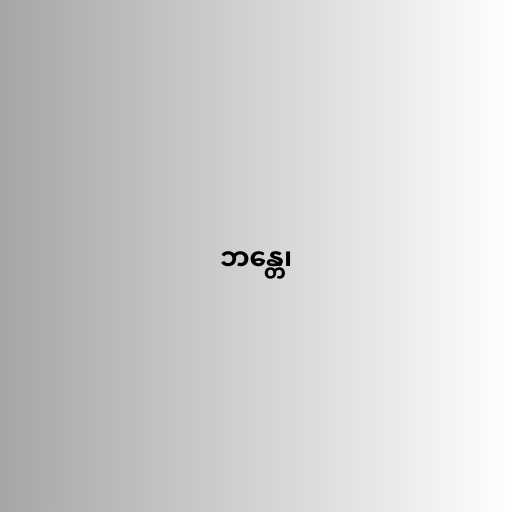
ဘန္တေ၊